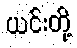
ယင်းတို့